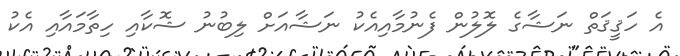
އެ ހަޤީޤަތް ނަޝާގެ ލޮލުން ފެނުމާއިއެކު ނަޝާއަށް ލިބުނު ޝޮކާއި ހިތާމައާއި އެކު